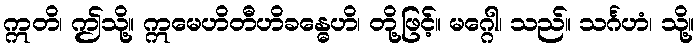
ဣတိ၊ ဤသို့။ ဣမေဟိတီဟိခန္ဓေဟိ၊ တို့ဖြင့်။ မဂ္ဂေါ၊ သည်။ သင်္ဂဟံ၊ သို့။